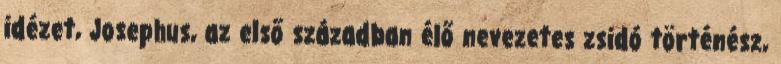
idézet, Josephus, az első században élő nevezetes zsidó történész,